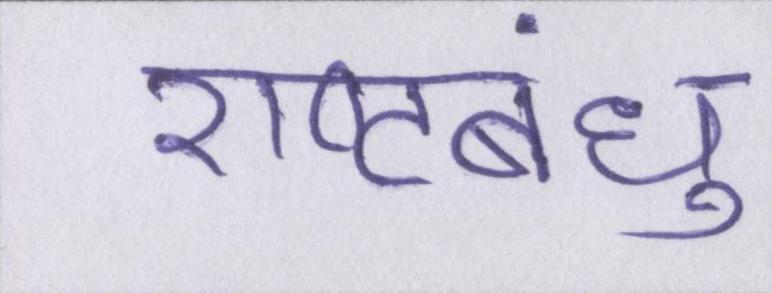
राष्ट्रबंधु